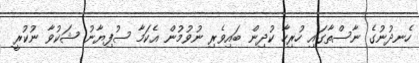
ހެނދުނުގެ ނާސްތާގައި ހުރިހާ ކުދިން ބައިވެރި ނުވުމުން އެކަމާ ސުފިޔާނު ޝަކުވާ ނުކުރީ